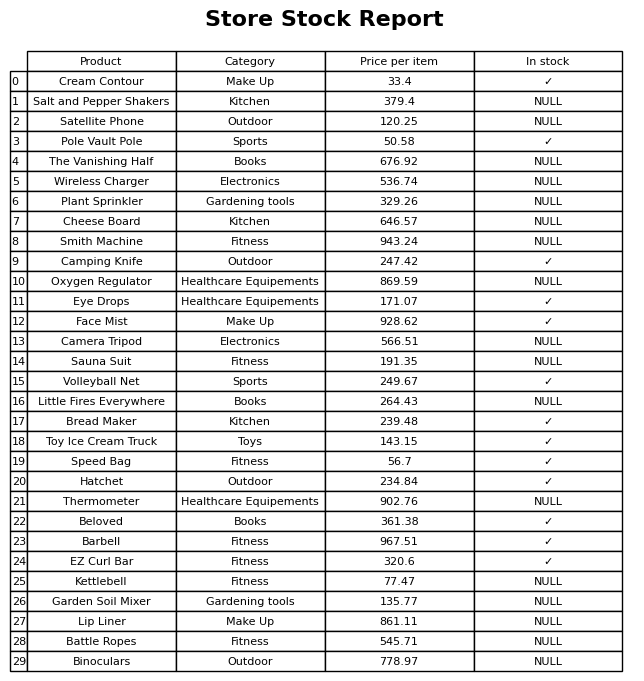
question: What is the price of the Beloved?
answer: The price of Beloved is 361.38.